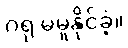
ဂရု မမူနိုင်ခဲ့။